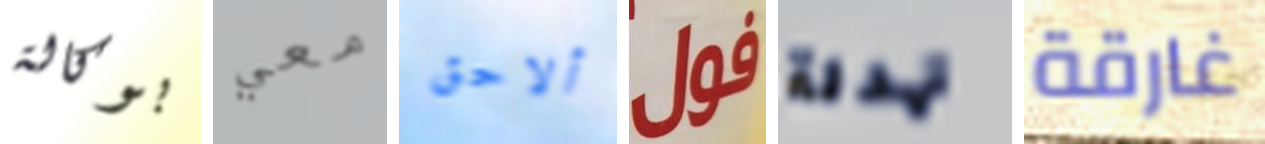
بوكالة معي ألاحق فول تهدئة غارقة